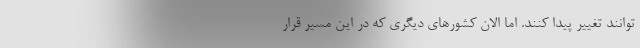
‌توانند تغییر پیدا کنند. اما الان کشورهای دیگری که در این مسیر قرار